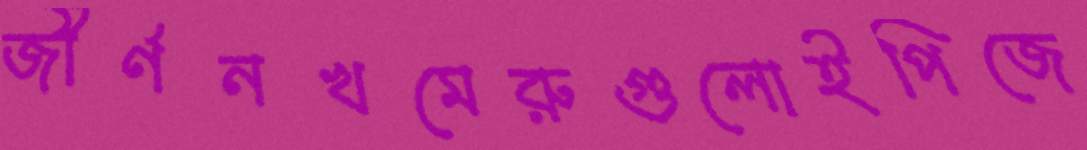
জীর্ণনখমেরুগুলোইপিজে